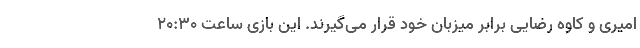
امیری و کاوه رضایی برابر میزبان خود قرار می‌گیرند. این بازی ساعت ۲۰:۳۰